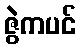
ဇွဲကပင်